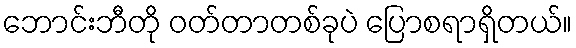
ဘောင်းဘီတို ဝတ်တာတစ်ခုပဲ ပြောစရာရှိတယ်။